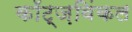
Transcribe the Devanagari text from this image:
कॉट्ज़विंकल